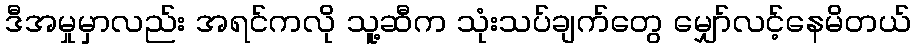
ဒီအမှုမှာလည်း အရင်ကလို သူ့ဆီက သုံးသပ်ချက်တွေ မျှော်လင့်နေမိတယ်